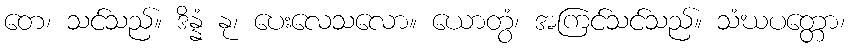
တေ၊ သင်သည်။ ဒိန္နံ နု၊ ပေးလေသလော။ ယောတွံ၊ အကြင်သင်သည်။ သံဃပတ္တော၊